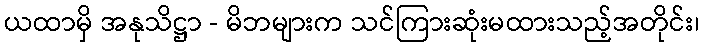
ယထာမှိ အနုသိဋ္ဌာ - မိဘများက သင်ကြားဆုံးမထားသည့်အတိုင်း၊